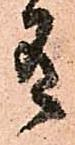
有